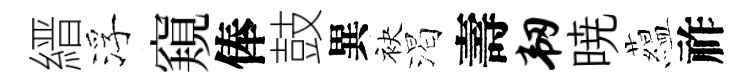
縉浮窺俸鼓異袂渴壽韧暁藴祚